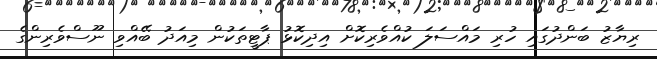
ރިޔާޒު ބަންދުގައި ހުރި މައްސަލަ ކުއްވެރިކޮށް އިދިކޮޅު ޕާޓީތަކުން މިއަދު ބޭއްވި ނޫސްވެރިންގެ